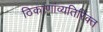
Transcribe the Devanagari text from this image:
ठिकाणांव्यतिरिक्त